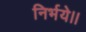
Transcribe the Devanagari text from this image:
निर्भये।।